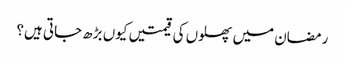
رمضان میں پھلوں کی قیمتیں کیوں بڑھ جاتی ہیں؟